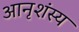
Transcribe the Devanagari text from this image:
आनृशंस्य